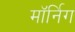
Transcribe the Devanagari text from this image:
मॉर्निग